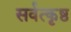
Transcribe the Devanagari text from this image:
सर्वत्कृष्ठ